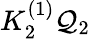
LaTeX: K_{2}^{(1)}{\cal Q}_{2}